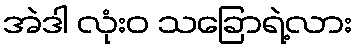
အဲဒါ လုံးဝ သခြောရဲ့လား